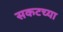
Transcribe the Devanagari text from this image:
सकटच्या